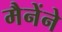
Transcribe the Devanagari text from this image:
मैनेंने